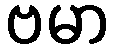
ဗမာ